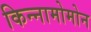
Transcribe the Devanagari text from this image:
किन्नामोमोन